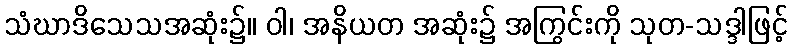
သံဃာဒိသေသအဆုံး၌။ ဝါ၊ အနိယတ အဆုံး၌ အကြွင်းကို သုတ-သဒ္ဒါဖြင့်